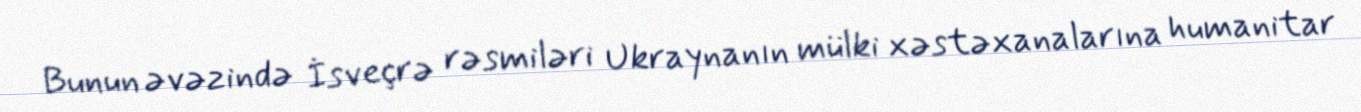
Bunun əvəzində İsveçrə rəsmiləri Ukraynanın mülki xəstəxanalarına humanitar